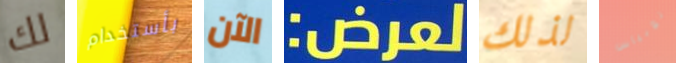
لك بأستخدام الآن لعرض: لذلك توبياس